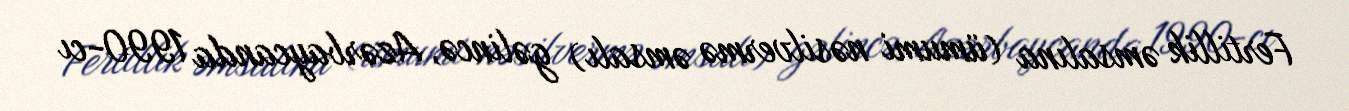
Fertillik əmsalına (ümumi nəsilvermə əmsalı) gəlincə, Azərbaycanda 1990-cı